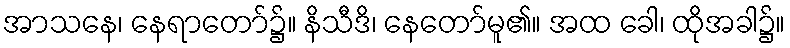
အာသနေ၊ နေရာတော်၌။ နိသီဒိ၊ နေတော်မူ၏။ အထ ခေါ၊ ထိုအခါ၌။